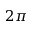
2 \pi